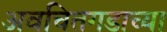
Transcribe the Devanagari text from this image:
अवचितगडाच्या